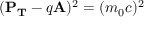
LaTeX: ( \mathbf { P _ { T } } - q \mathbf { A } ) ^ { 2 } = ( m _ { 0 } c ) ^ { 2 }